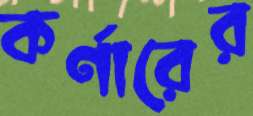
কর্ণারের